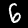
Digit: 6